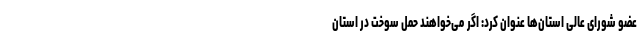
عضو شورای عالی استان‌ها عنوان کرد: اگر می‌خواهند حمل سوخت در استان